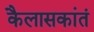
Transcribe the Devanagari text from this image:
कैलासकांतं